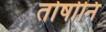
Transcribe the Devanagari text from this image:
तोषोनि